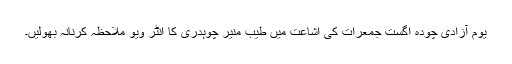
یوم آزادی چودہ اگست جمعرات کی اشاعت میں طیب منیر چوہدری کا انٹر ویو ملاحظہ کرنانہ بھولیں۔